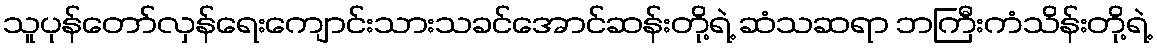
သူပုန်တော်လှန်ရေးကျောင်းသားသခင်အောင်ဆန်းတို့ရဲ့ ဆံသဆရာ ဘကြီးကံသိန်းတို့ရဲ့